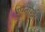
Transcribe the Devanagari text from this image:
ग़ुस्ताख़ी